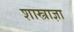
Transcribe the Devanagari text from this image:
शास्त्राज्ञा